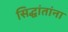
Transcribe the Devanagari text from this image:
सिद्धांतांना